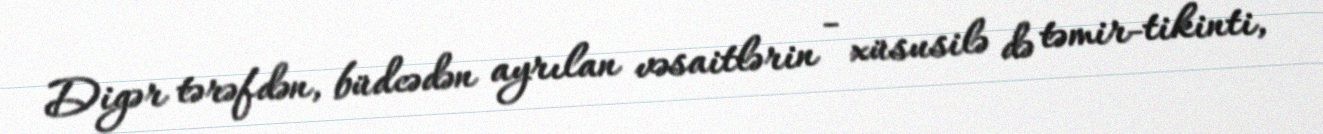
Digər tərəfdən, büdcədən ayrılan vəsaitlərin - xüsusilə də təmir-tikinti,